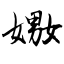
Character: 嫐